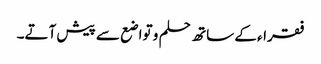
فقراء کے ساتھ حلم و تواضع سے پیش آتے۔